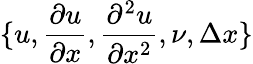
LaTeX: \{ u,\frac{\partial u}{\partial x},\frac{\partial^{2}u}{\partial x^{2}},\nu,\Delta x\}